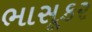
ભાસૂકર